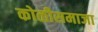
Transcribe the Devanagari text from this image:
कोळीसमाजा